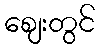
ဈေးတွင်